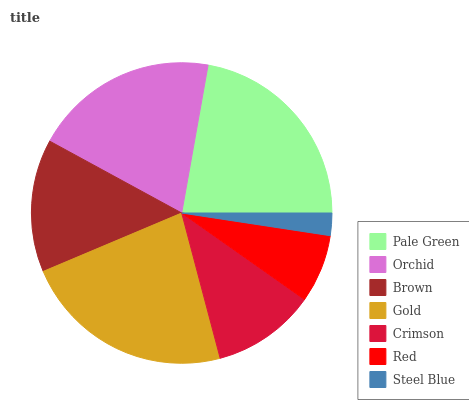
| Pale Green | Orchid | Brown | Gold | Crimson | Red | Steel Blue |
 | --- | --- | --- | --- | --- | --- | --- |
 | 22.1% | 19.9% | 14.3% | 22.8% | 11.1% | 7.36% | 2.4% |